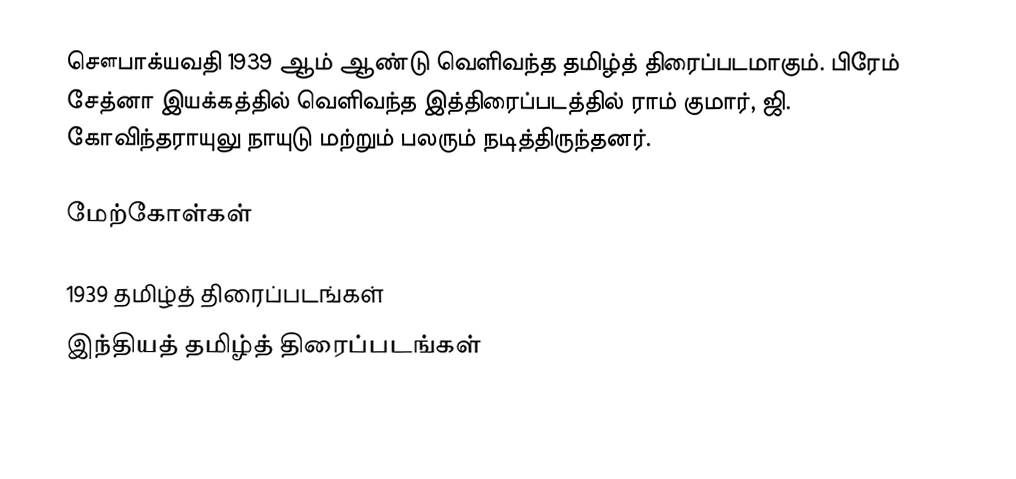
சௌபாக்யவதி 1939 ஆம் ஆண்டு வெளிவந்த தமிழ்த் திரைப்படமாகும். பிரேம் சேத்னா இயக்கத்தில் வெளிவந்த இத்திரைப்படத்தில் ராம் குமார், ஜி. கோவிந்தராயுலு நாயுடு மற்றும் பலரும் நடித்திருந்தனர்.

மேற்கோள்கள்

1939 தமிழ்த் திரைப்படங்கள்
இந்தியத் தமிழ்த் திரைப்படங்கள்